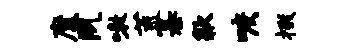
魔夙嗷荒纂歙唳掇